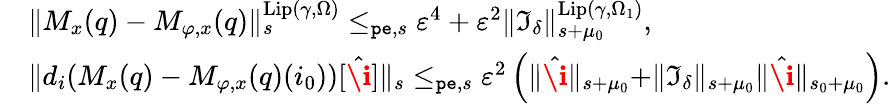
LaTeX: \begin{array}{rl}&{\rVert M_{x}(q)-M_{\varphi,x}(q)\rVert_{s}^{\mathrm{Lip}(\gamma,\Omega)}\le_{\mathtt{pe},s}\varepsilon^{4}+\varepsilon^{2}\rVert\mathfrak{I}_{\delta}\rVert_{s+\mu_{0}}^{\mathrm{Lip}(\gamma,\Omega_{1})},}\\ &{\rVert d_{i}(M_{x}(q)-M_{\varphi,x}(q)(i_{0}))[\hat{\textbf{\i}}]\rVert_{s}\le_{\mathtt{pe},s}\varepsilon^{2}\left(\rVert\hat{\textbf{\i}}\rVert_{s+\mu_{0}}+\rVert\mathfrak{I}_{\delta}\rVert_{s+\mu_{0}}\rVert\hat{\textbf{\i}}\rVert_{s_{0}+\mu_{0}}\right).}\end{array}